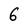
Character: 6